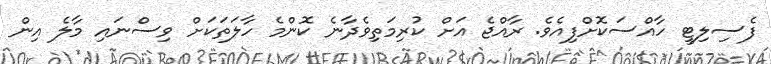
ފެސިލިޓީ ހާއްސަކޮށްފިއެވެ. ރާއްޖެ އަށް ކުރިމަތިވެދާނެ ކޮންމެ ހާލަތަކަށް ވިސްނައި މާލެ އިން